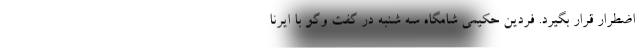
اضطرار قرار بگیرد. فردین حکیمی شامگاه سه شنبه در گفت وگو با ایرنا